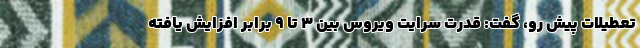
تعطیلات پیش رو، گفت: قدرت سرایت ویروس بین ۳ تا ۹ برابر افزایش یافته